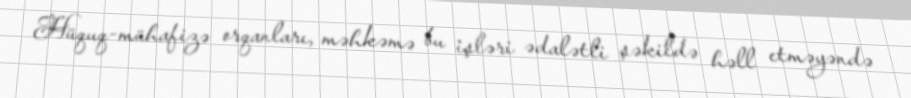
Hüquq-mühafizə orqanları, məhkəmə bu işləri ədalətli şəkildə həll etməyəndə